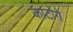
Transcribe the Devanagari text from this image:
काटोगे